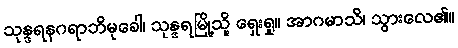
သုန္ဒရနဂရာဘိမုခေါ၊ သုန္ဒရမြို့သို့ ရှေးရှု။ အာဂမာသိ၊ သွားလေ၏။